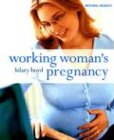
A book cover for Working Women's Pregnancy; Hilary Boyd; Business & Money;